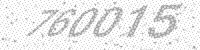
Solution: 760015